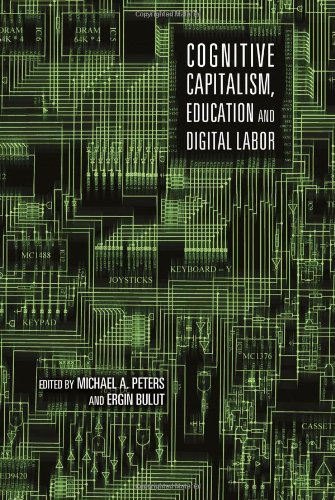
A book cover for Cognitive Capitalism, Education and Digital Labor; Business & Money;